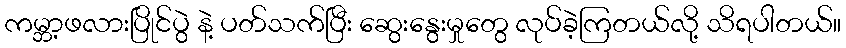
ကမ္ဘာ့ဖလားပြိုင်ပွဲ နဲ့ ပတ်သက်ပြီး ဆွေးနွေးမှုတွေ လုပ်ခဲ့ကြတယ်လို့ သိရပါတယ်။